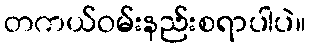
တကယ်ဝမ်းနည်းစရာပါပဲ။